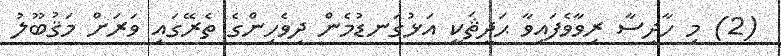
(2) މި ހާދިސާ ރިވާވެފައިވާ ޙަދީޘަކީ އަޅުގަނޑުމެން ދިވެހިންގެ ތެރޭގައި ވަރަށް މަޤުބޫލު